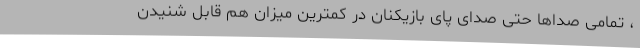
، تمامی صداها حتی صدای پای بازیکنان در کمترین میزان هم قابل شنیدن